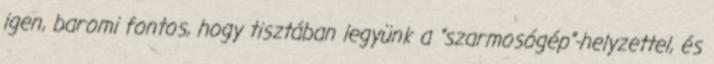
igen, baromi fontos, hogy tisztában legyünk a “szarmosógép”-helyzettel, és